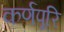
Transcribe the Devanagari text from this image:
कर्णपूरि